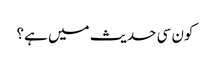
کون سی حدیث میں ہے؟